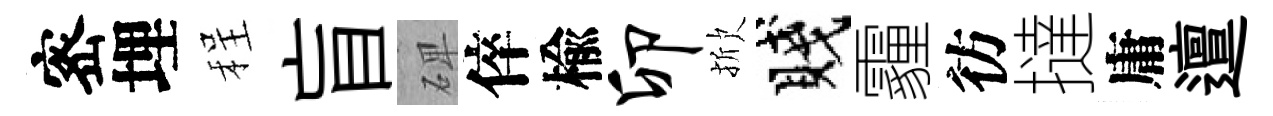
宻埋程盲𥓓倅楡卯掀賤霾彷撻庸邅